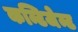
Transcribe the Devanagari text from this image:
कन्टिजेन्ट